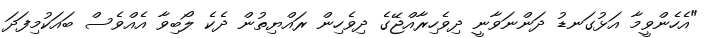
"އެހެންވީމާ އަޅުގަނޑު ދަންނަވާނީ ދިވެހިރާއްޖޭގެ ދިވެހިން ރައްޔިތުން ދެކެ ލޯބިވާ އެއްވެސް ބައަކުމިފަދަ